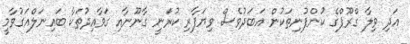
އަދި ވިލާ ގްރޫޕްގެ ކުންފުނިތަކުން އަބަދުވެސް ވިޔަފާރި ކުރަނީ ގާނޫނާއި ގަވާއިދުތަކާ ބައިނަލްއަގުވާމީ